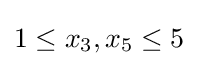
1\leq x_{3},x_{5}\leq 5